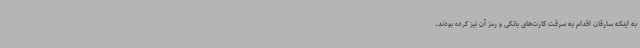
به اینکه سارقان اقدام به سرقت کارت‌های بانکی و رمز آن نیز کرده بودند،